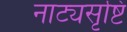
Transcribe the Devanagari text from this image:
नाट्यसृष्टि